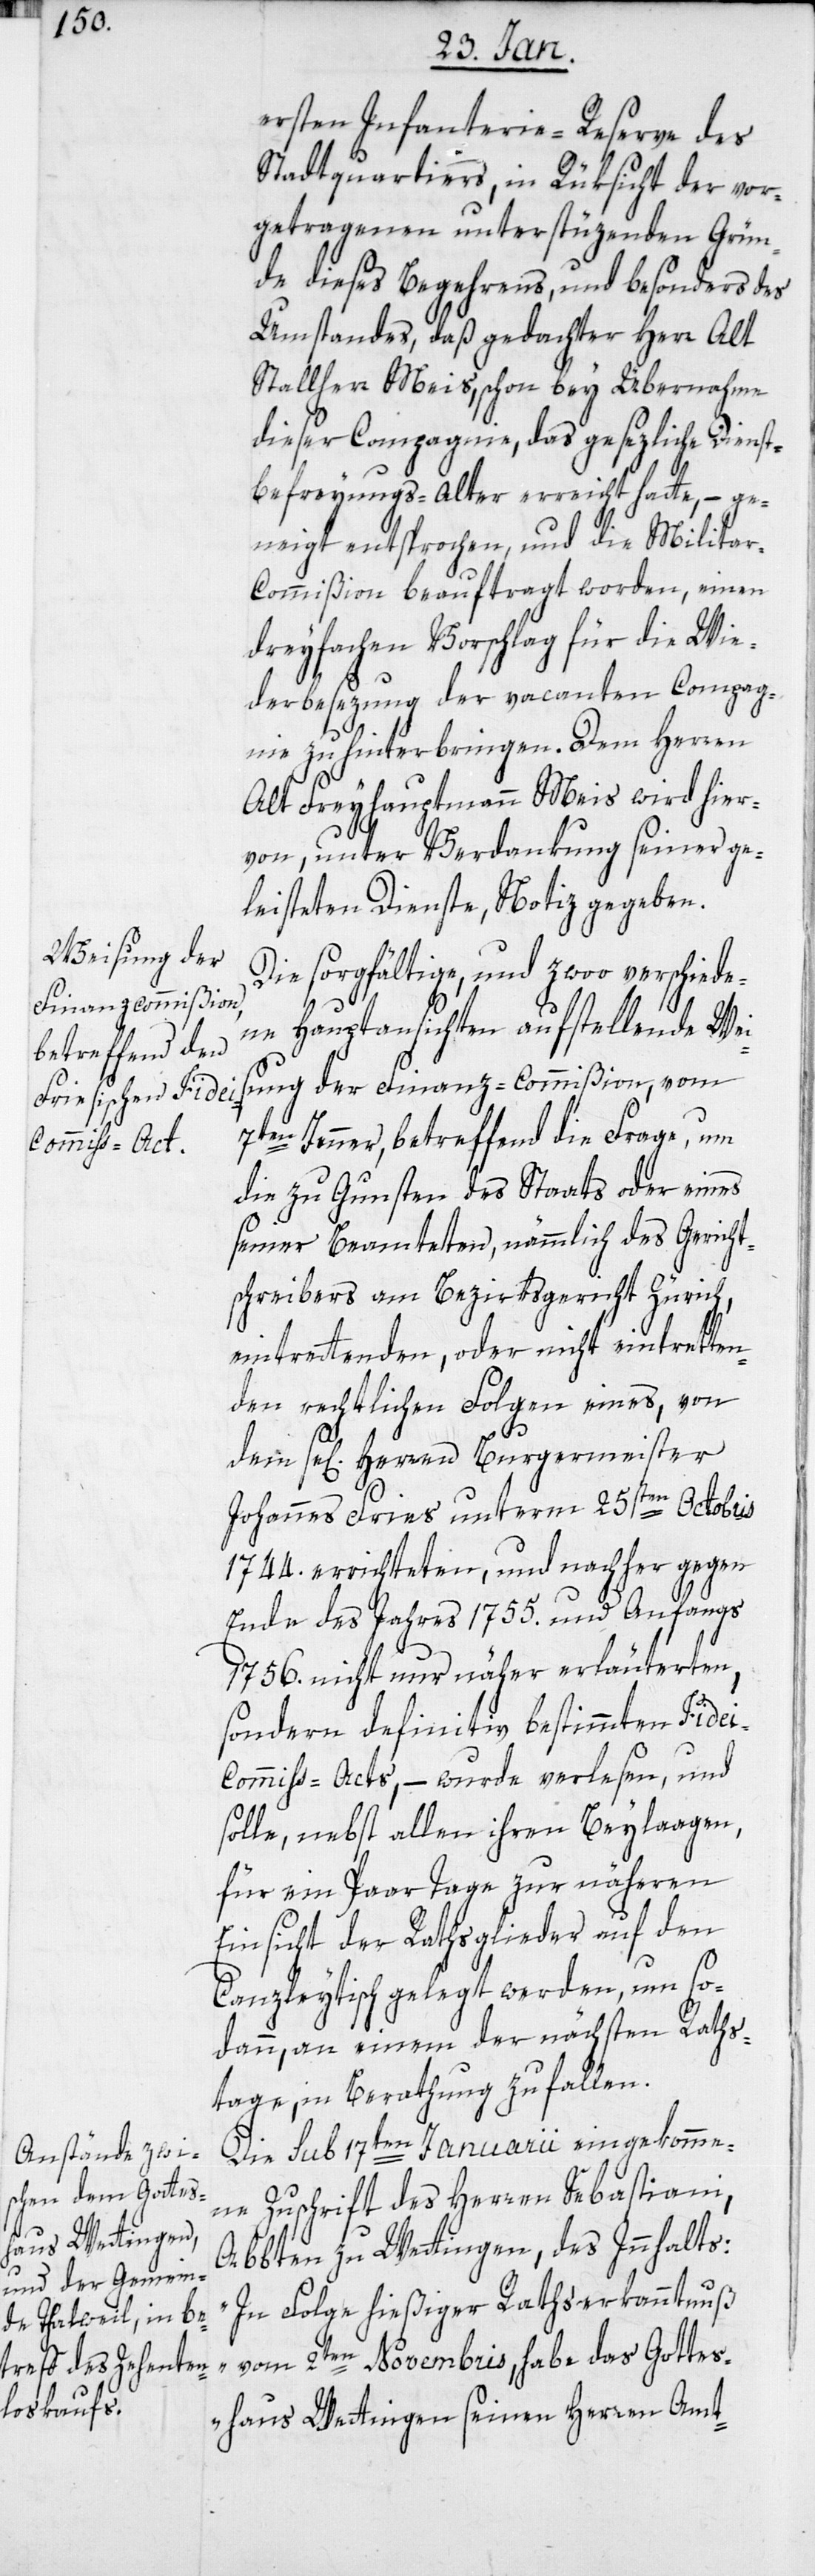
ersten Infanterie-Reserve des
Stadtquartiers, in Rüksicht der vor¬
getragenen unterstüzenden Grün¬
de dieses Begehrens, und besonders des
Umstandes, daß gedachter Herr Alt
Stallherr Meis, schon bey Übernahme
dieser Compagnie, das gesezliche Dienst¬
befreyungs-Alter erreicht hatte, – ge¬
neigt entsprochen, und die Milita¬
r-Commißion beauftragt worden, einen
dreyfachen Vorschlag für die Wie¬
derbesezung der vacanten Compag¬
nie zu hinterbringen. Dem Herren
Alt Freyhauptmann Meis wird hier¬
von, unter Verdankung seiner ge¬
leisteten Dienste, Notiz gegeben.
Die sorgfältige, und zwoo verschiede¬
ne Hauptansichten aufstellende Wei¬
sung der Finanz-Commißion, vom
7ten Jenner, betreffend die Frage, um
die zu Gunsten des Staats oder eines
seiner Beamteten, nämmlich des Gericht¬
schreibers am Bezirksgericht Zürich,
eintrettenden, oder nicht eintretten¬
den rechtlichen Folgen eines, von
dem se[ligen] Herren Burgermeister
Johannes Fries unterm 25sten Octobris
1744. errichteten, und nachher gegen
Ende des Jahres 1755. und anfangs
1756. nicht nur näher erläuterten,
sondern definitiv bestimmten Fide¬
i-Commiss-Acts, – wurde verlesen, und
solle, nebst allen ihren Beylaagen,
für ein Paar Tage zur näheren
Einsicht der Rathsglieder auf den
Canzleytisch gelegt werden, um so¬
dann, an einem der nächsten Raths¬
tage, in Berathung zu fallen.
Die sub 17ten Januarii eingekomme¬
ne Zuschrift des Herren Sebastiani,
Abbten zu Wettingen, des Innhalts:
„In Folge hießiger Rathserkanntnuß
vom 2ten Novembris, habe das Gotte¬
shaus Wettingen seinen Herren Amt-